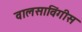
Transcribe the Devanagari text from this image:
वालसाविंगीस